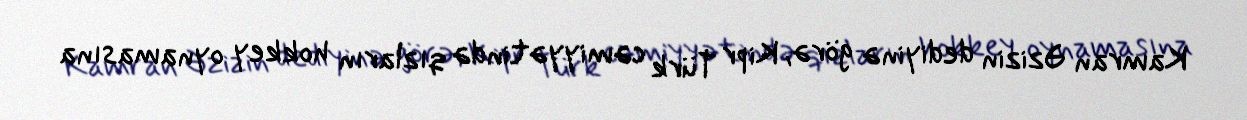
Kamran Əzizin dediyinə görə, Kipr Türk cəmiyyətində qızların hokkey oynamasına